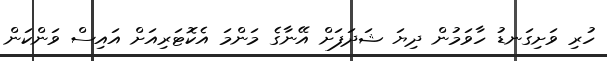
ހުރި ވަށިގަނޑު ހާވަމުން ދިޔަ ޝަދަފަށް އޭނާގެ މަންމަ އެކޮޓަރިއަށް އައިސް ވަންކަން